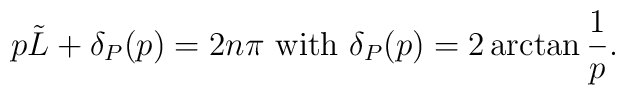
p\tilde{L}+\delta _{P}(p)=2n\pi \textrm{ with }\delta _{P}(p)=2\arctan \frac{1}{p}.